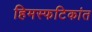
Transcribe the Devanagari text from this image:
हिमस्फटिकांत